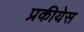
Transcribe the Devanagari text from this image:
प्रकीयेस